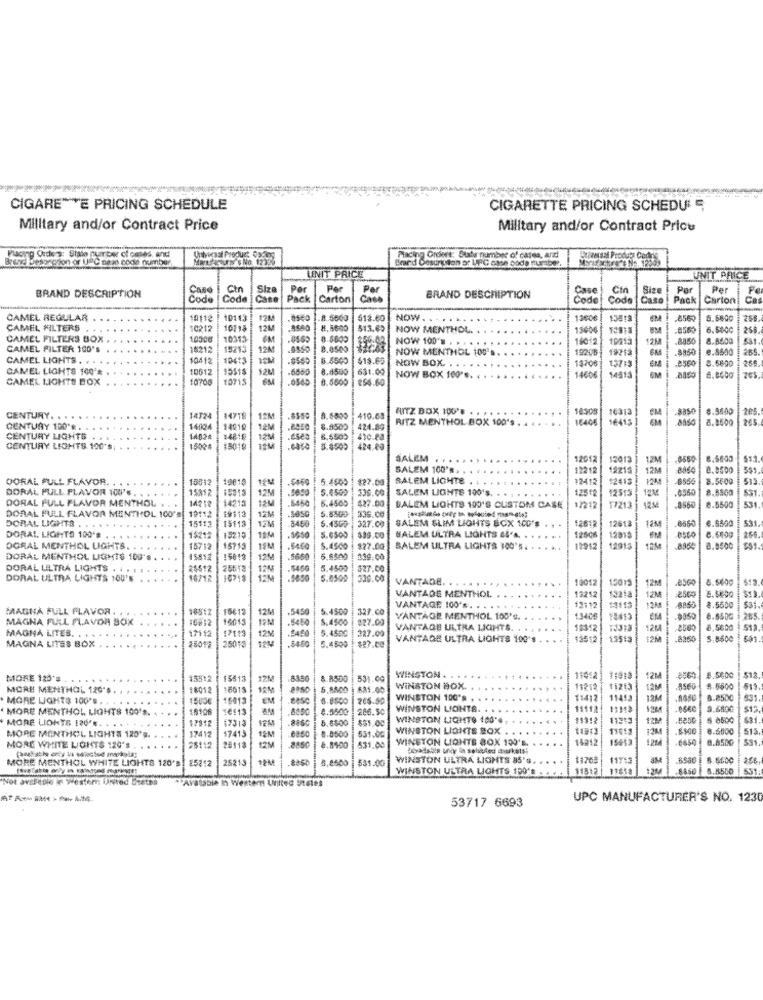
CIGARE ** E PRICING SCHEDULE
CIGARETTE PRICING SCHEDUL 5
Military and/or Contract Price
Military and/or Contract Price
Brand Desoncion or UPC pain code number
Placing Orders: Stato quarter of cases, and
MaturN' No 12356
Placing Grovt: Suis number of cases, and!
UNIT PRICE
UNIT PRICE
BRAND DESCRIPTION
Ctn
Per
Per
Case
Size
Par
Fe
Code Cze
Pack
Carton
Por
BRAND DESCRIPTION
Code
Code
Cas
Pack
Carton
CAMEL REGULAR
10112
12M
8.5600
513.60
NOW. . .
1360€
856
5.6800
258.
CAMEL FILTERS
10212
10218
12M
8.5600
513.62
NOW MENTHOL.
1500€
BM
856
6.5600
258
CAMEL FILTERS BOX
10300
10315
NOW 100's . »
4012
10013
8.8500
CAMEL FILTER 100's
18212
12M
4560
8.0500
NOW MENTHOL 100's.
19212
e.ssao
265
CAMEL LIGHTS. . .
1012
10413
8.8500
$19.60
NOW BOX.
10/208
8.6800
CAMEL LIGHTS 100'*
10612
15515
12M
8.4500
631.00
1970
157:3
EN
IM
CAMEL LIGHTS BOX
8.5600
$$4.60
NOW BOX 100's. . . .
4606
14513
265
AITZ BOX 100'F . ,
14508
CENTURY.
14724
14718
8.8500
410.64
RITZ MENTHOL BOX 100's . . .
16406
16313
8,8500
265
CENTURY 100'* .
14024
12M
8.8500
424.89
CENTURY LIGHTS
14024
124
eses
CENTURY LIGHTS 100'S
ITM
8.8500 424.00
SALEM . .
12012
10013
12%
8.4600
611
SALEM 100'*>
1221
12215
12M
8.8500
DORAL FULL FLAVOR,
18012
19610
5.4500
$27.00
SALEM LIGHTS
12412
$2413
8.5500
51
DORAL FULL FLAVOR 100' . .
15352
5.4509
36.00
SALEM LIGHTS 100's
12512
12515
8.8500
531
DORAL FULL FLAVOR MENTHOL
14252
14215
12M
5450
6.4500
427.00
DORAL FULL FLAVOR MENTHOL 100'S
5.8509
DALEM LIGHTS 100'S CUSTOM CASE
17212
17213 12M
0.5500
531
DORAL LIGHTS
15112
10112
15113
12M
12M
sesG
5.4500
36.00
2613
8460
327.00
SALEM GLIM LIGHTS BOX 100'S
12612
12M
53
DORAL LIGHTS 100'8
1$212
13219
11M
5.6500
$39.00
SALEM ULTRA LIGHTS SIA. .
12506
12919|
6.640g
OGRAL MENTHOL LIGHTS.
15712
15713
15M
5450
5.4500
$27.00
SALEM ULTRA LIGHTS 100'5.
12912
92913
8,8500
DORAL MENTHOL LIGHTS 100's
45852
5012
12%
.566
5.8500
339.00
DORAL LILTRA LIGHTS . . .
25512
256 12
5.4500
$27,00
DORAL ULTRA LIGHTS 100'
16/12
5.0500
500.00
12012
15015
8.560g
VANTADE. . . . . . . .
13252
12%
esco
VANTADE MENTHOL
1321a
MARIA FULL FLAVOR. .
18512
15613
12M
.5450
5.4500
327.00
VANTAGE 100's. . . .
13:12
1115
8.5500
Sa
MAGNA FULL FLAVOR BOX
10812
15M
5450
$.4500
$27.00
VANTAGE MENTHOL 100'e.
13406
12413
6.850G
285
+9015
5.4500
VANTAGE ULTRA LIGHTS.
18312
1234
4. 50.00
MAGNA LITES. . . . . .
17112
12%
.8450
5.4500
227.00
$27.00
VANTAGE ULTRA LIGHTS 100's
19512
8950
5.8600
MAGNA LITES BOX
28012
25015
MORE 120 **
15512
15413
12M
8450
8.8500
531.00
WINSTON . . ..
11012
12M
$12
MORE MENTHOL 120's
18052
18615
12%
5.8800 | 881.00
WINSTON BOX.
13212
12M
.8560
4.5500
$15.
MORE LIGHT$ 100'E ..
....
15456
16013
EM
6.8500
205.50
WINSTON 100's .
11412
11413
12M
8.8500
. MORE MENTHOL LIGHTS 100'S.
19106
1€113
,8400
286.50
WINSTON LIGHTS.
11112
1:118
5.6800
$13
MORE LIDHYS 120'.
17912
5.8500
$31.00
WINSTON LIGHTO 100 **
199:2
11215
1238
$ 0500
17412
17413
12M
8.8500
WINSTON LIGHTS BOX .
12M
$500 8.6000
515.
MORE MENTHOL LIGHTS 125's.
20113
8450
551.00
WINSTON LIGHTS BOX 100's
14212
121
.esso
8.6500
SS1
MORE WHITE LIGHTS 120'#
$112
8.8400
535.00
Şıbyadsdiş undr in seboded hurkets!
MORE MENTHOL WHITE LIGHTS 120'S!
85212
25213
5,8500
531.00
WINSTON ULTRA LIGHTS 95'G.
1170#
11753
8.5600
256
WINSTON ULTRA LIGHTS 190'S
115:2|
9.8500
Not archite in western: United 5-8th
Avatabla In Western United States
53717 6693
UPC MANUFACTURER'S NO. 1230